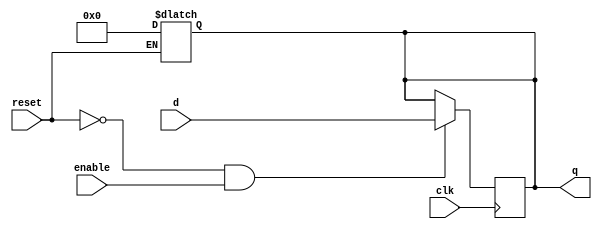
// register: A register which may be reset to an arbirary value
//
// q      (output) - Current value of register
// d      (input)  - Next value of register
// clk    (input)  - Clock (positive edge-sensitive)
// enable (input)  - Load new value? (yes = 1, no = 0)
// reset  (input)  - Asynchronous reset    (reset = 1)
//
module register(q, d, clk, enable, reset);

   parameter
	    width = 32,
	    reset_value = 0;

   output [(width-1):0] q;
   reg [(width-1):0] 	q;
   input [(width-1):0] 	d;
   input 		clk, enable, reset;

   always@(reset)
     if (reset == 1'b1)
       q <= reset_value;

   always@(posedge clk)
     if ((reset == 1'b0) && (enable == 1'b1))
       q <= d;

endmodule // register

////////////////////////////////////////////////////////////////////////
//
// Module: regfile
//
// Description:
//   A behavioral MIPS register file.  R0 is hardwired to zero.
//   Given that you won't write behavioral code, don't worry if you don't
//   understand how this works;  We have to use behavioral code (as 
//   opposed to the structural code you are writing), because of the 
//   latching by the the register file.
//
module regfile (rsNum, rtNum, rdNum, 
              	rsData, rtData, rdData, 
                rdWriteEnable, clock, reset);

   input [4:0]          rsNum, rtNum, rdNum;
   input [31:0]  	rdData;
   input                rdWriteEnable, clock, reset;
   output [31:0] 	rsData, rtData;
   
   reg [31:0] 	r[0:31];
   integer 		i;

   always@(reset)
     if(reset == 1'b1)
       begin
	  for(i = 0; i <= 31; i = i + 1)
	      r[i] <= 0;
       end

   assign rsData = r[rsNum];
   assign rtData = r[rtNum];

   always@(posedge clock)
     begin
	if((reset == 1'b0) && (rdWriteEnable == 1'b1) && (rdNum != 5'b0))
	  r[rdNum] <= rdData;
     end

endmodule // regfile_3port